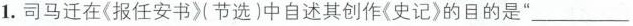
1.司马迁在〈报任安书〉(节选)中自述其创作〈史记)的目的是”___